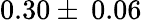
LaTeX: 0.30\pm\: 0.06